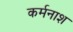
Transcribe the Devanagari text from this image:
कर्मनाश